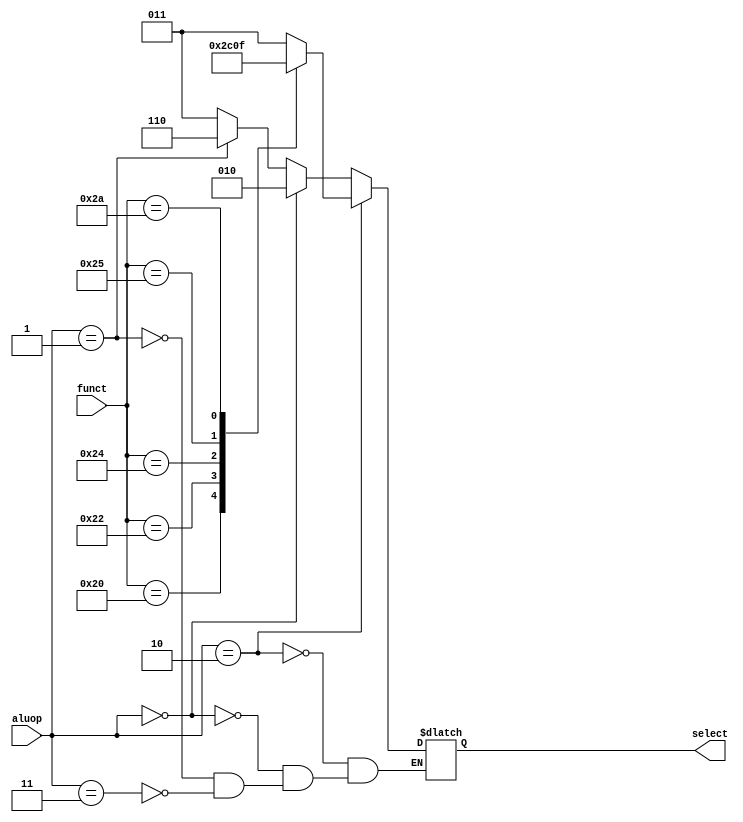
// Course: CSE 401- Computer Architecture
// Term: Winter 2020
// Name: Erika Gutierrez
// ID: 005318270

`timescale 1ns / 1ps
/* alu_control.v */

module alu_control(
    input	wire	[5:0]	funct,
    input	wire	[1:0]	aluop,
    output	reg	[2:0]	select
    );


	parameter		Rtype 		=	2'b10,	//this is a 2 bit paramter,
					//These are the function field paramters for Rtype. Use Fig 3.2 to complete
					Radd 		= 	6'b100000,
					Rsub 		= 	6'b100010,
					Rand 		= 	6'b100100,
					Ror			= 	6'b100101,
					Rslt		= 	6'b101010;

	parameter	lwsw			=	2'b00,		//since LW and SW use the same bit pattern, only way to store them as a paramter
				Itype			=	2'b01,		// beq
				xis				=	6'bXXXXXX;


	parameter	ALUadd			=	3'b010,
				ALUsub			=	3'b110,
				ALUand			=	3'b000,
				ALUor			=	3'b001,
				ALUslt			=	3'b111;

	parameter	unknown			=	2'b11,
				ALUx			=	3'b011;

	initial
		select <= 0;

	always@* begin

		if (aluop == Rtype)
		 begin
			case(funct)
			   //assign the correct select value baesd on the function field.
				//Use Fig 3.2 to aid you in this.
				Radd:    select <= ALUadd;
				Rsub:    select <= ALUsub;
				Rand:    select <= ALUand;
				Ror:     select <= ALUor;
				Rslt:    select <= ALUslt;
				default: select <= ALUx;
			endcase
	    end

		//For all Other Types. Use figure 3.2 to help you out.
		//Feel free to reuse any of the paramters defined aove.

		else if (aluop == lwsw)
      begin
			select <= ALUadd;
		end

		else if (aluop == Itype)
      begin
			select <= ALUsub;
		end

		else if (aluop == unknown)
	    begin
   		select <= ALUx;
		end
		// Redundant for completness
		else
		 begin
			select <= select;
	    end
	end

endmodule	// alu_control

//If the input information does not correspond to any valid instruction,
//aluop = 2'b11 which sets control = ALUx = 3'b011
//and ALU output is 32 x's as required by lab manual.